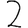
Digit: 2